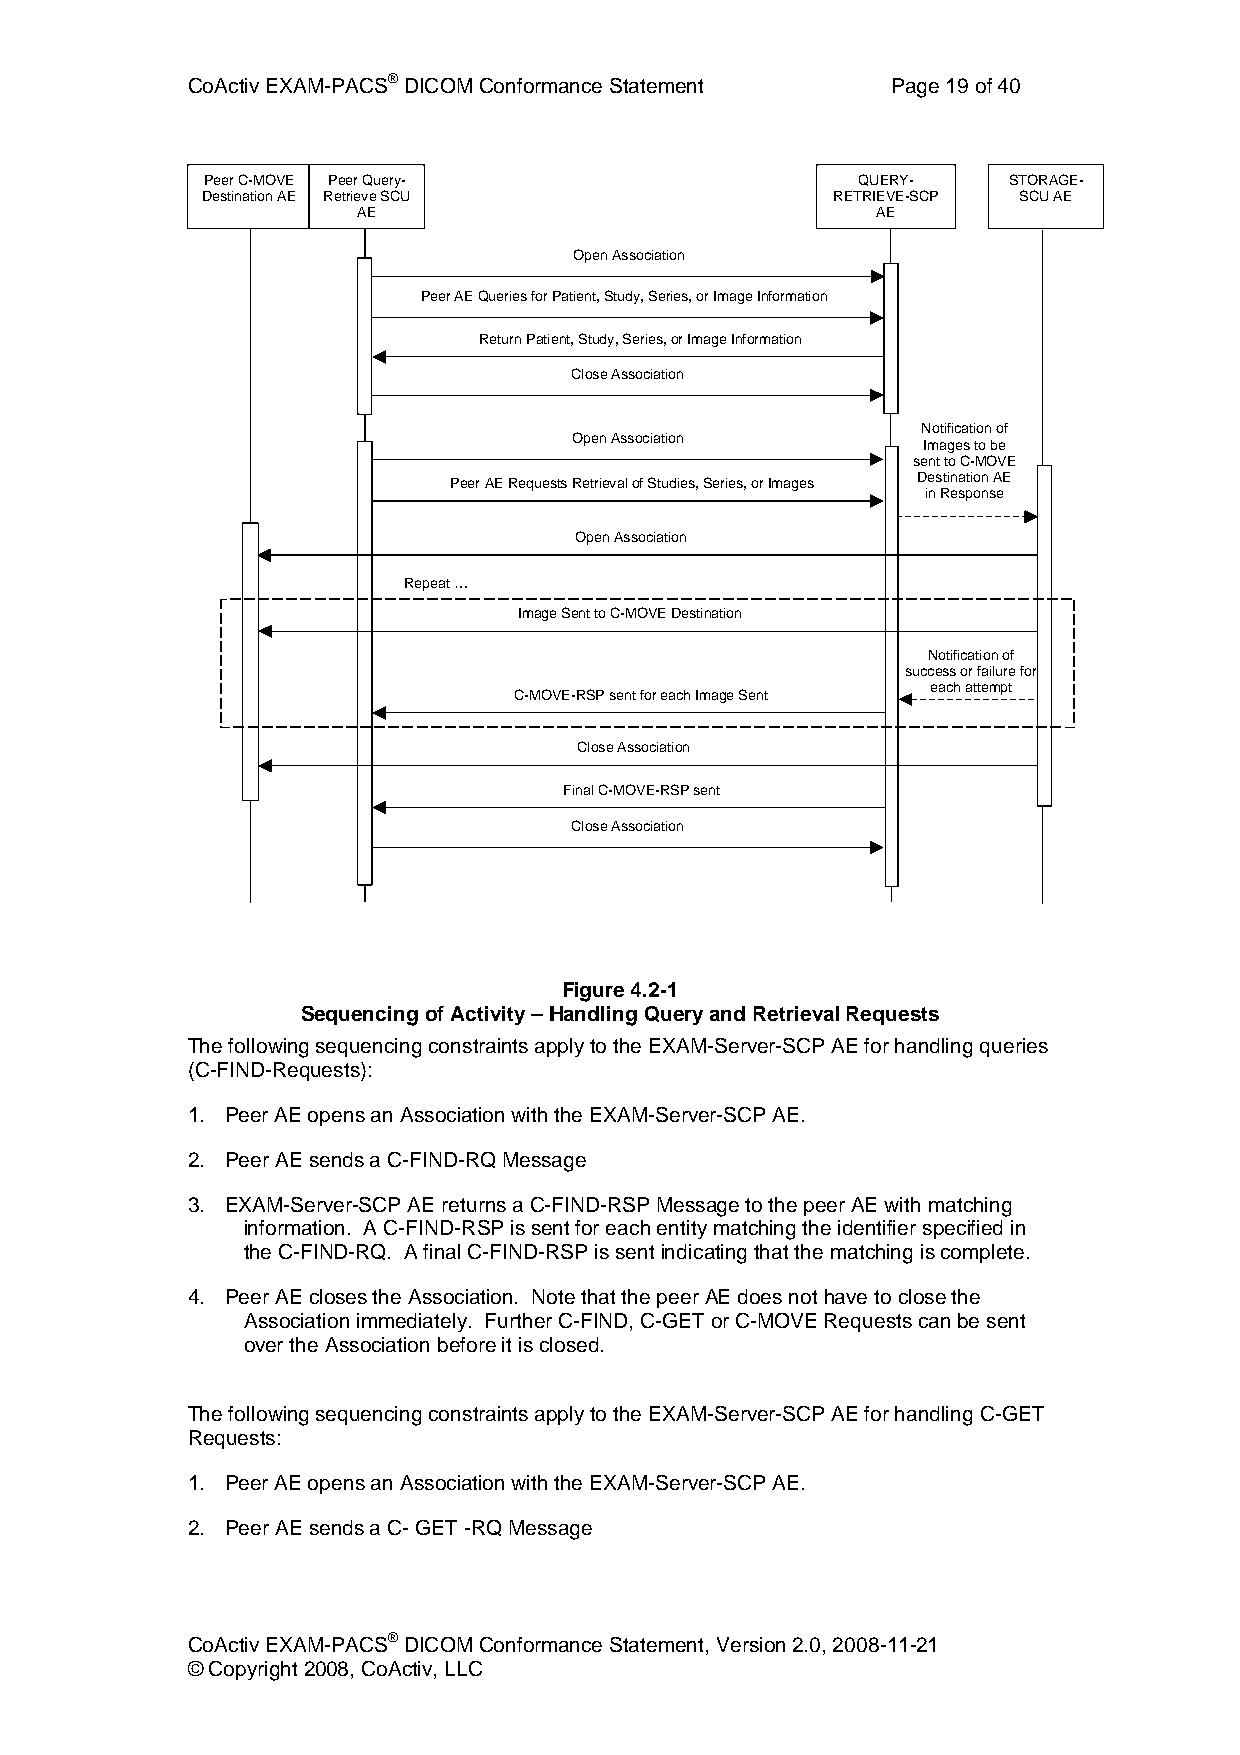
CoActiv EXAM-PACS® DICOM Conformance Statement Page 19 of 40
 Peer C-MOVE Peer Query-                     QUERY-    STORAGE-
 Destination AE Retrieve SCU               RETRIEVE-SCP SCU AE
 AE                                AE
 Open Association
 Peer AE Queries for Patient, Study, Series, or Image Information
 Return Patient, Study, Series, or Image Information
 Close Association
 Notification of
 Open Association
 Images to be
 sent to C-MOVE
 Peer AE Requests Retrieval of Studies, Series, or Images Destination AE
 in Response
 Open Association
 Repeat …
 Image Sent to C-MOVE Destination
 Notification of
 success or failure for
 each attempt
 C-MOVE-RSP sent for each Image Sent
 Close Association
 Final C-MOVE-RSP sent
 Close Association
 Figure 4.2-1
 Sequencing of Activity – Handling Query and Retrieval Requests
 The following sequencing constraints apply to the EXAM-Server-SCP AE for handling queries
 (C-FIND-Requests):
 1. Peer AE opens an Association with the EXAM-Server-SCP AE.
 2. Peer AE sends a C-FIND-RQ Message
 3. EXAM-Server-SCP AE returns a C-FIND-RSP Message to the peer AE with matching
 information. A C-FIND-RSP is sent for each entity matching the identifier specified in
 the C-FIND-RQ. A final C-FIND-RSP is sent indicating that the matching is complete.
 4. Peer AE closes the Association. Note that the peer AE does not have to close the
 Association immediately. Further C-FIND, C-GET or C-MOVE Requests can be sent
 over the Association before it is closed.
 The following sequencing constraints apply to the EXAM-Server-SCP AE for handling C-GET
 Requests:
 1. Peer AE opens an Association with the EXAM-Server-SCP AE.
 2. Peer AE sends a C- GET -RQ Message
 CoActiv EXAM-PACS® DICOM Conformance Statement, Version 2.0, 2008-11-21
 © Copyright 2008, CoActiv, LLC